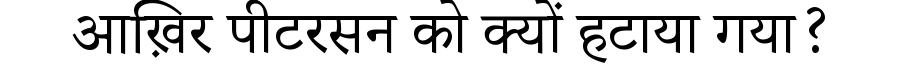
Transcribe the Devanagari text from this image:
आख़िर पीटरसन को क्यों हटाया गया?